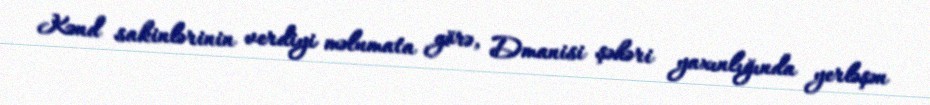
Kənd sakinlərinin verdiyi məlumata görə, Dmanisi şəhəri yaxınlığında yerləşən